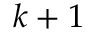
k + 1